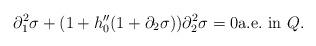
LaTeX: \begin{align*} \partial^2_1 \sigma + (1+h_0''(1+\partial_2 \sigma)) \partial^2_2 \sigma = 0 \textrm{a.e.\@ in} \ Q.\end{align*}